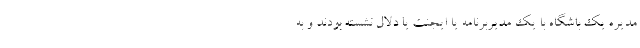
مدیره یک باشگاه با یک مدیربرنامه‌ یا ایجنت یا دلال نشسته بودند و به